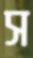
স